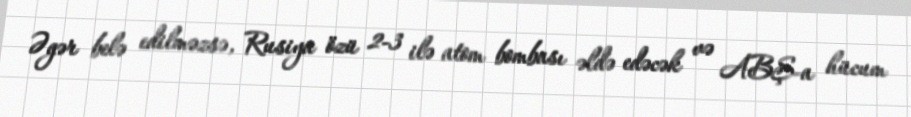
Əgər belə edilməzsə, Rusiya özü 2-3 ilə atom bombası əldə edəcək və ABŞ-a hücum